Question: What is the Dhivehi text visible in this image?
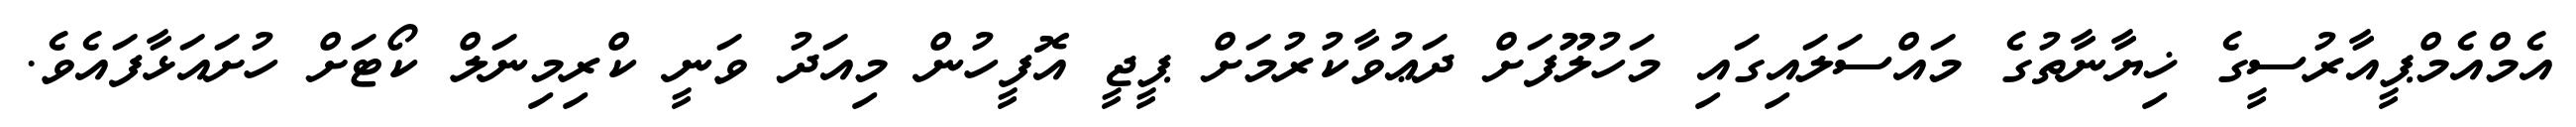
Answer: އެމްއެމްޕީއާރުސީގެ ޚިޔާނާތުގެ މައްސަލައިގައި މަހުލޫފަށް ދަޢުވާކުރުމަށް ޕީޖީ އޮފީހުން މިއަދު ވަނީ ކްރިމިނަލް ކޯޓަށް ހުށައަޅާފައެވެ.